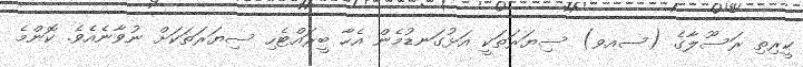
ކީރިތި ރަސޫލާގެ (ސއވ) ސިޔަރަތަކީ އަޅުގަނޑުމެން އެހާ ބީރައްޓެހި ސިޔަރަތަކަށް ނުވާނެއެވެ. ކޮންމެ